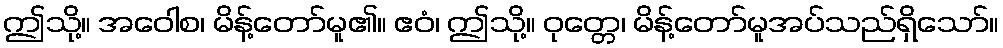
ဤသို့။ အဝေါစ၊ မိန့်တော်မူ၏။ ဧဝံ၊ ဤသို့။ ဝုတ္တေ၊ မိန့်တော်မူအပ်သည်ရှိသော်။